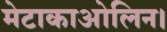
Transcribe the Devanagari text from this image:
मेटाकाओलिन।